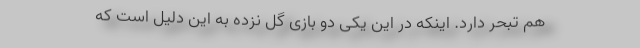
هم تبحر دارد. اینکه در این یکی دو بازی گل نزده به این دلیل است که